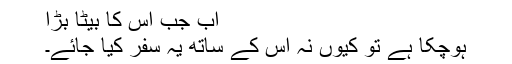
اب جب اس کا بیٹا بڑا
ہوچکا ہے تو کیوں نہ اس کے ساتھ یہ سفر کیا جائے۔